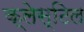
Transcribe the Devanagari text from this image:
क्लेस्टिल